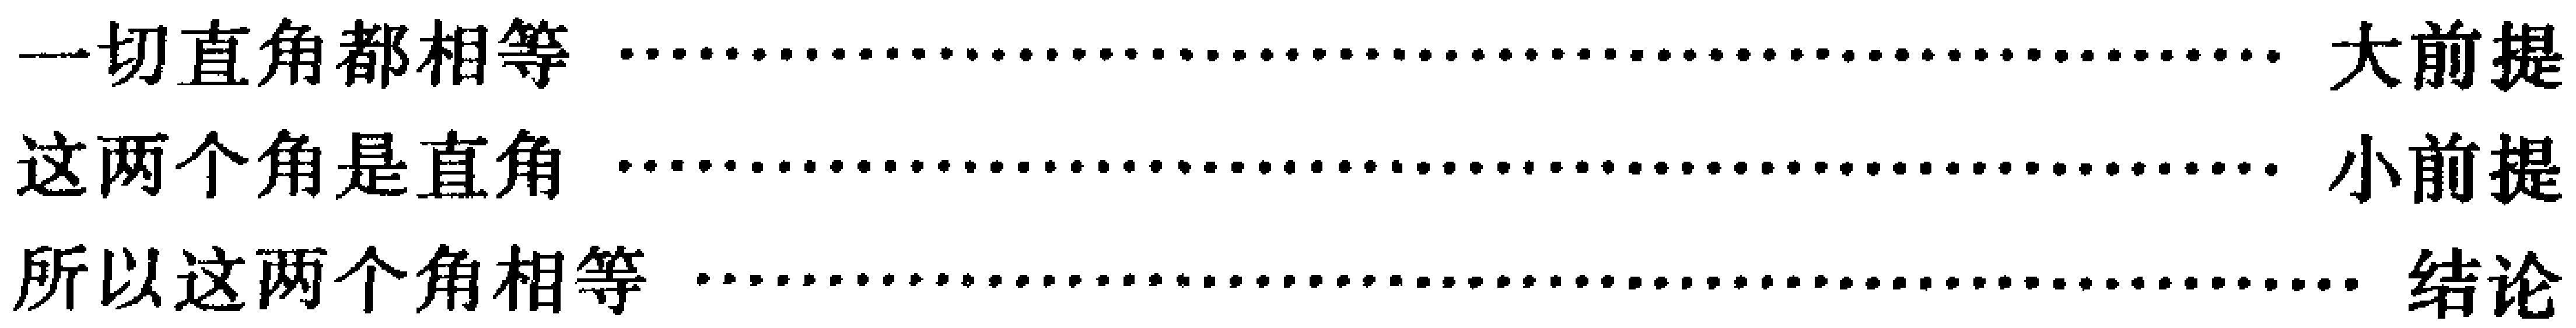
\begin{align*}

&一切直角都相等\ \cdots\cdots\cdots\cdots\cdots\cdots\cdots\cdots\cdots\cdots\cdots\cdots\cdots\cdots\cdots\cdots\cdots\cdots\cdots\cdots\cdots\cdots\cdots\cdots\cdots\cdots\cdots\cdots\cdots\cdots\cdots\cdots\cdots\cdots\cdots\cdots\cdots\cdots\ 大前提\\

&这两个角是直角\ \cdots\cdots\cdots\cdots\cdots\cdots\cdots\cdots\cdots\cdots\cdots\cdots\cdots\cdots\cdots\cdots\cdots\cdots\cdots\cdots\cdots\cdots\cdots\cdots\cdots\cdots\cdots\cdots\cdots\cdots\cdots\cdots\cdots\cdots\cdots\cdots\cdots\cdots\cdots\cdots\ 小前提\\

&所以这两个角相等\ \cdots\cdots\cdots\cdots\cdots\cdots\cdots\cdots\cdots\cdots\cdots\cdots\cdots\cdots\cdots\cdots\cdots\cdots\cdots\cdots\cdots\cdots\cdots\cdots\cdots\cdots\cdots\cdots\cdots\cdots\cdots\cdots\cdots\cdots\cdots\cdots\cdots\cdots\cdots\cdots\ 结论

\end{align*}